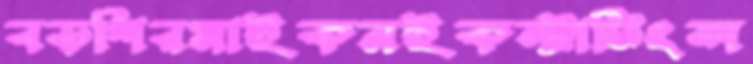
বড়শিরমাইকনইকন্ট্রাটিংঅ